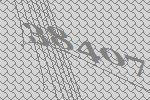
38407